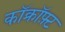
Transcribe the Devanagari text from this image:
कॉक्रॉफ़्ट